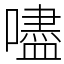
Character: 嚍